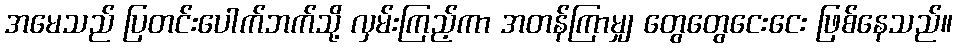
အမေသည် ပြတင်းပေါက်ဘက်သို့ လှမ်းကြည့်ကာ အတန်ကြာမျှ တွေတွေငေးငေး ဖြစ်နေသည်။